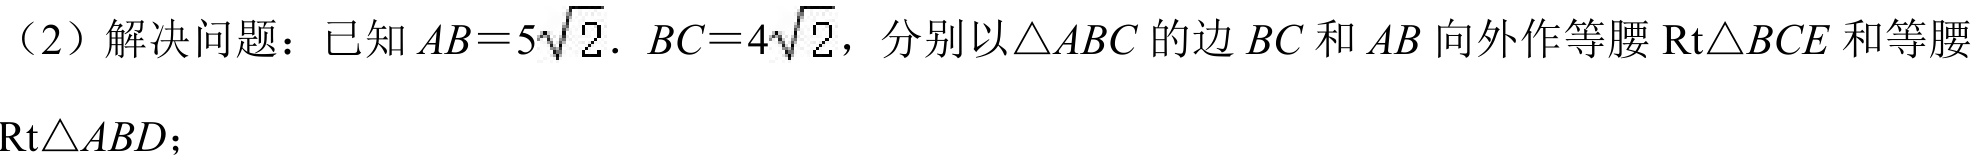
（2）解决问题：已知$AB = 5\sqrt{2}$. $BC = 4\sqrt{2}$，分别以$\triangle ABC$的边$BC$和$AB$向外作等腰$\text{Rt}\triangle BCE$和等腰$\text{Rt}\triangle ABD$；